Annual administration report of the Civil Veterinary Department of India - 1905-1906
Year: 1905
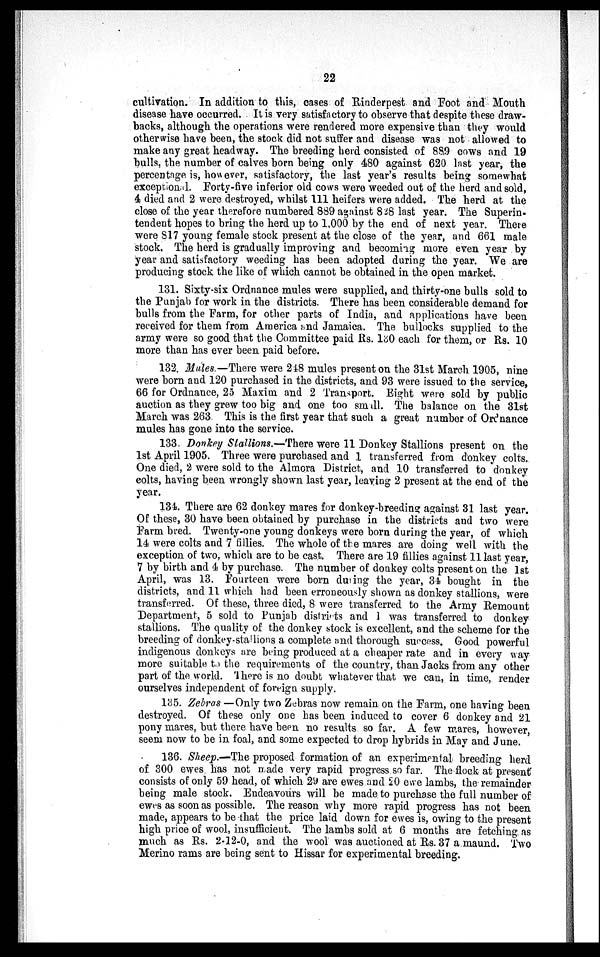
22
cultivation. In addition to this, cases of Rinderpest and Foot and Mouth
disease have occurred. It is very satisfactory to observe that despite these draw-
backs, although the operations were rendered more expensive than they would
otherwise have been, the stock did not suffer and disease was not allowed to
make any great headway. The breeding herd consisted of 889 cows and 19
bulls, the number of calves born being only 480 against 620 last year, the
percentage is, however, satisfactory, the last year's results being somewhat
exceptional. Forty-five inferior old cows were weeded out of the herd and sold,
4 died and 2 were destroyed, whilst 111 heifers were added. The herd at the
close of the year therefore numbered 889 against 828 last year. The Superin-
tendent hopes to bring the herd up to 1,000 by the end of next year. There
were 817 young female stock present at the close of the year, and 661 male
stock. The herd is gradually improving and becoming more even year by
year and satisfactory weeding has been adopted during the year. We are
producing stock the like of which cannot be obtained in the open market.
131. Sixty-six Ordnance mules were supplied, and thirty-one bulls sold to
the Punjab for work in the districts. There has been considerable demand for
bulls from the Farm, for other parts of India, and applications have been
received for them from America and Jamaica. The bullocks supplied to the
army were so good that the Committee paid Rs. 130 each for them, or Rs. 10
more than has ever been paid before.
132. Mules.—There were 248 mules present on the 31st March 1905, nine
were born and 120 purchased in the districts, and 93 were issued to the service,
66 for Ordnance, 25 Maxim and 2 Transport. Eight were sold by public
auction as they grew too big and one too small. The balance on the 31st
March was 263 This is the first year that such a great number of Ordnance
mules has gone into the service.
133 Donkey Stallions.—There were 11 Donkey Stallions present on the
1st April 1905. Three were purchased and 1 transferred from donkey colts.
One died, 2 were sold to the Almora District, and 10 transferred to donkey
colts, having been wrongly shown last year, leaving 2 present at the end of the
year.
134. There are 62 donkey mares for donkey-breeding against 31 last year.
Of these, 30 have been obtained by purchase in the districts and two were
Farm bred. Twenty-one young donkeys were born during the year, of which
14 were colts and 7 fillies. The whole of the mares are doing well with the
exception of two, which are to be cast. There are 19 fillies against 11 last year,
7 by birth and 4 by purchase. The number of donkey colts present on the 1st
April, was 13. Fourteen were born during the year, 34 bought in the
districts, and 11 which had been erroneously shown as donkey stallions, were
transferred. Of these, three died, 8 were transferred to the Army Remount
Department, 5 sold to Punjab districts and 1 was transferred to donkey
stallions. The quality of the donkey stock is excellent, and the scheme for the
breeding of donkey-stallions a complete and thorough success. Good powerful
indigenous donkeys are being produced at a cheaper rate and in every way
more suitable to the requirements of the country, than Jacks from any other
part of the world. There is no doubt whatever that we can, in time, render
ourselves independent of foreign supply.
135. Zebras —Only two Zebras now remain on the Farm, one having been
destroyed. Of these only one has been induced to cover 6 donkey and 21
pony mares, but there have been no results so far. A few mares, however,
seem now to be in foal, and some expected to drop hybrids in May and June.
136. Sheep.—The proposed formation of an experimental breeding herd
of 300 ewes has not made very rapid progress so far. The flock at present
consists of only 59 head, of which 29 are ewes and 20 ewe lambs, the remainder
being male stock. Endeavours will be made to purchase the full number of
ewes as soon as possible. The reason why more rapid progress has not been
made, appears to be that the price laid down for ewes is, owing to the present
high price of wool, insufficient. The lambs sold at 6 months are fetching as
much as Rs. 2-12-0, and the wool was auctioned at Rs. 37 a maund. Two
Merino rams are being sent to Hissar for experimental breeding.